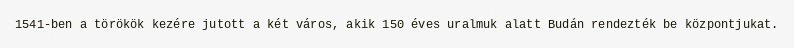
1541-ben a törökök kezére jutott a két város, akik 150 éves uralmuk alatt Budán rendezték be központjukat.